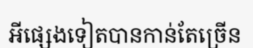
អីផ្សេងទៀតបានកាន់តែច្រើន